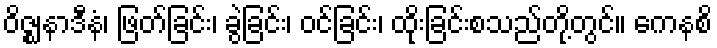
ဝိဇ္ဈနာဒီနံ၊ ဖြတ်ခြင်း၊ ခွဲခြင်း၊ ဝင်ခြင်း၊ ထိုးခြင်းစသည်တို့တွင်။ ကေနစိ